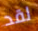
لقد